Civil Veterinary Department. Madras. Admin. report 1926-33 - 1926-1933
Year: 1926
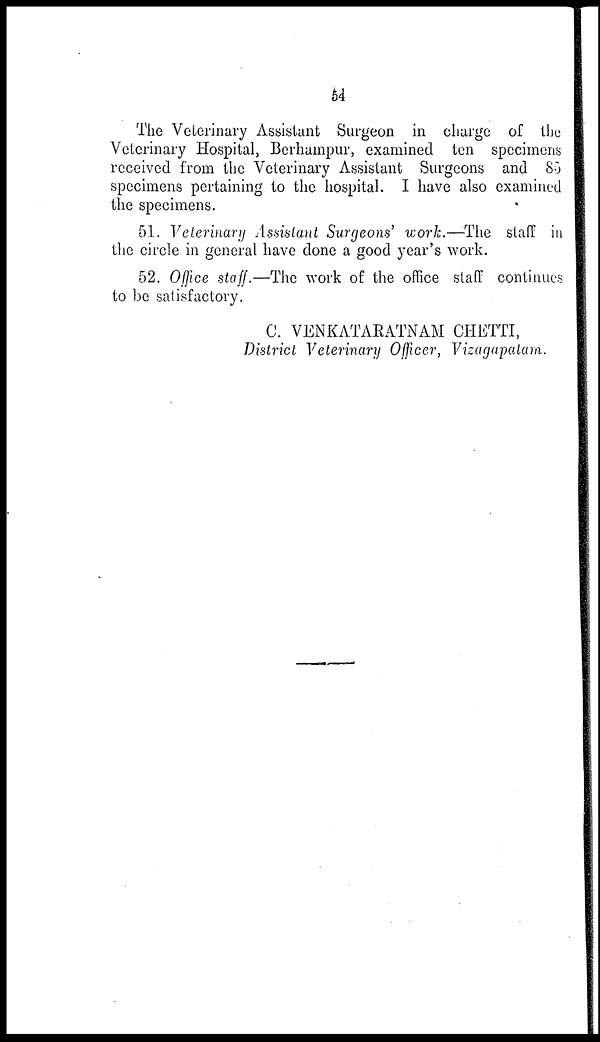
54
The Veterinary Assistant Surgeon in charge of the
Veterinary Hospital, Berhampur, examined ten specimens
received from the Veterinary Assistant Surgeons and 85
specimens pertaining to the hospital. I have also examined
the specimens.
51. Veterinary Assistant Surgeons' work.—-The staff in
the circle in general have clone a good year's work.
52. Office staff.—The work of the office staff continues
to be satisfactory.
C. VENKATARATNAM CHETTI,
District Veterinary Officer, Vizagapatam.